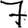
Digit: 7